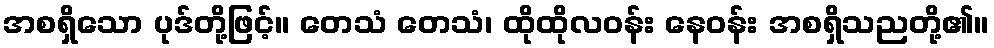
အစရှိသော ပုဒ်တို့ဖြင့်။ တေသံ တေသံ၊ ထိုထိုလဝန်း နေဝန်း အစရှိသညတို့၏။